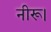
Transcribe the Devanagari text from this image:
नीरू।